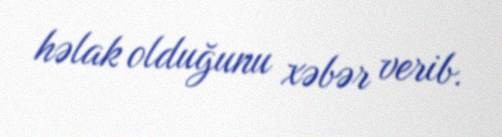
həlak olduğunu xəbər verib.